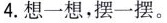
4.想一想，摆一摆。